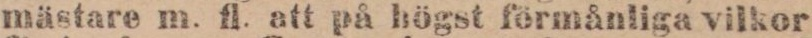
mästare m. fl. att på högst förmånliga vilkor